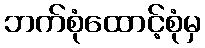
ဘက်စုံထောင့်စုံမှ